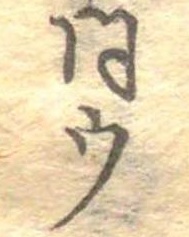
同ウ